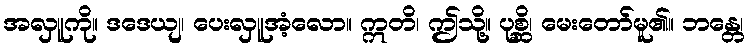
အလှူကို။ ဒဒေယျ၊ ပေးလှူအံ့လော။ ဣတိ၊ ဤသို့။ ပုစ္ဆိ၊ မေးတော်မူ၏။ ဘန္တေ၊